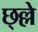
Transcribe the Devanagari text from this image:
छ्ल्ले